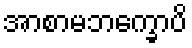
အာစာမဘက္ခောပိ